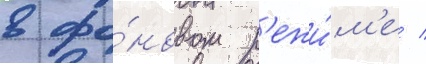
в фо́новом р'ежи́м'е /